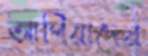
আপিয়াদের